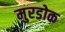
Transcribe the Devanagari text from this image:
मुरडोक